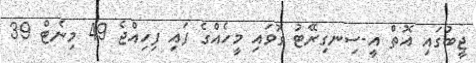
ޖީބުގައި އޮތް އީ-ސިނގިރޭޓު ގޮވައި މީހެއްގެ ފައި ފިހިއްޖެ 49 މިނެޓް 39